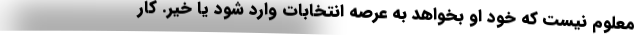
معلوم نیست که خود او بخواهد به عرصه انتخابات وارد شود یا خیر. کار